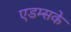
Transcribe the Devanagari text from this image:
एडम्सके